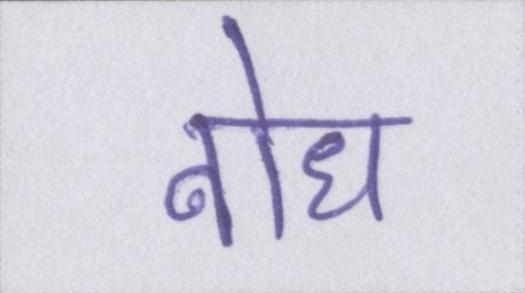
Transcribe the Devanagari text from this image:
बोध